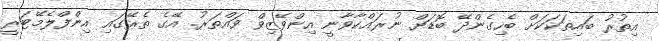
އިތުރު ބައިތަކަކަށް ބެހިގެންދޭ ބޮޑަށް ނުރައްކާވާނީ އިންވޭޒިވް ވައްތަރު. އޭގެ ތެރޭގައި އިންފްލެމޭޓަރީ